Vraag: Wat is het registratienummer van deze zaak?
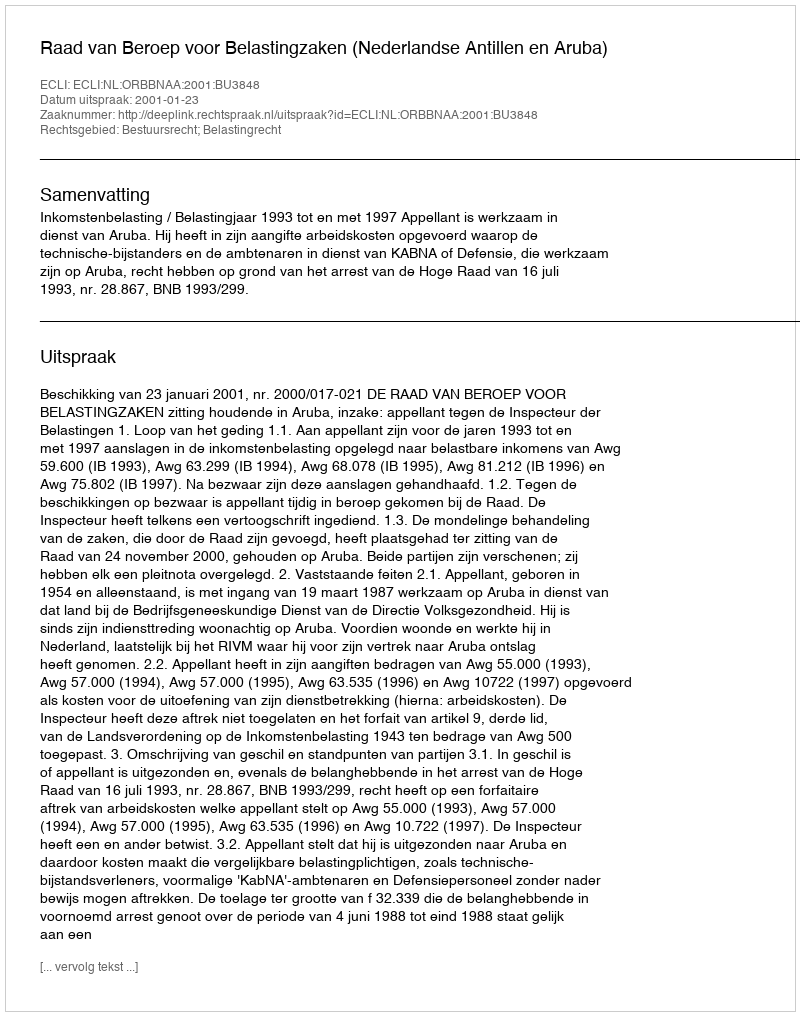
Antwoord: http://deeplink.rechtspraak.nl/uitspraak?id=ECLI:NL:ORBBNAA:2001:BU3848